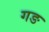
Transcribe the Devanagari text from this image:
गङ